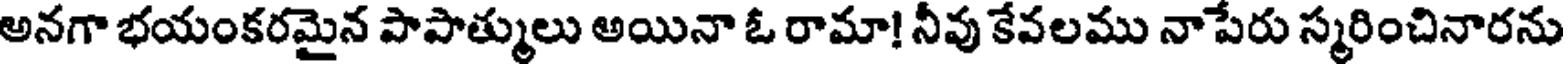
అనగా భయంకరమైన పాపాత్ములు అయినా ఓ రామా! నీవు కేవలము నాపేరు స్మరించినారను